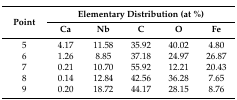
<table><thead><tr><td rowspan="2"><b>Point</b></td><td colspan="5"><b>Elementary Distribution (at %)</b></td></tr><tr><td><b>Ca</b></td><td><b>Nb</b></td><td><b>C</b></td><td><b>O</b></td><td><b>Fe</b></td></tr></thead><tbody><tr><td>5</td><td>4.17</td><td>11.58</td><td>35.92</td><td>40.02</td><td>4.80</td></tr><tr><td>6</td><td>1.26</td><td>8.85</td><td>37.18</td><td>24.97</td><td>26.87</td></tr><tr><td>7</td><td>0.21</td><td>10.70</td><td>55.92</td><td>12.21</td><td>20.43</td></tr><tr><td>8</td><td>0.14</td><td>12.84</td><td>42.56</td><td>36.28</td><td>7.65</td></tr><tr><td>9</td><td>0.20</td><td>18.72</td><td>44.17</td><td>28.15</td><td>8.76</td></tr></tbody></table>